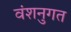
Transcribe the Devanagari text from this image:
वंशनुगत